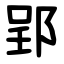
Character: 郢